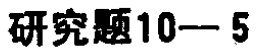
研究题10—5